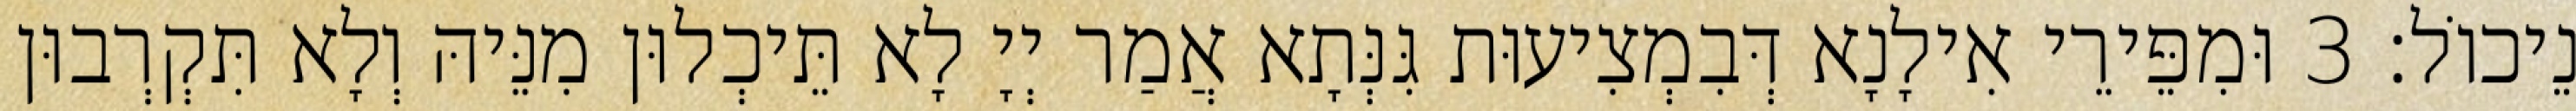
נֵיכוֹל׃ 3 וּמִפֵּירֵי אִילָנָא דְּבִמְצִיעוּת גִּנְּתָא אֲמַר יְיָ לָא תֵּיכְלוּן מִנֵּיהּ וְלָא תִּקְרְבוּן